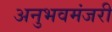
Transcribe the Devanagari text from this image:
अनुभवमंजरी